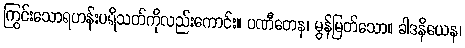
ကြွင်းသောရဟန်းပရိသတ်ကိုလည်းကောင်း။ ပဏီတေန၊ မွန်မြတ်သော။ ခါဒနိယေန၊